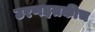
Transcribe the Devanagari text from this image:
उरणइतकीच